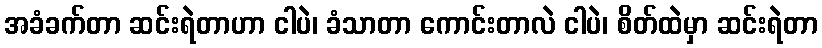
အခံခက်တာ ဆင်းရဲတာဟာ ငါပဲ၊ ခံသာတာ ကောင်းတာလဲ ငါပဲ၊ စိတ်ထဲမှာ ဆင်းရဲတာ